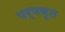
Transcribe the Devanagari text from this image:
पर्णवृत